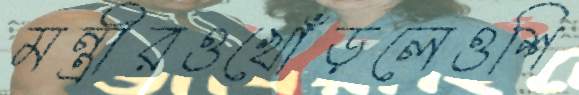
মন্ত্রীরওখোঁড়লেওশি